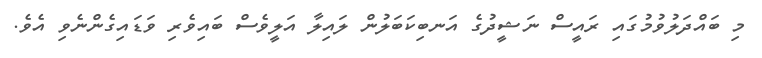
މި ބައްދަލުވުމުގައި ރައީސް ނަޝީދުގެ އަނބިކަބަލުން ލައިލާ އަލީވެސް ބައިވެރި ވަޑައިގެންނެވި އެވެ.